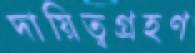
দায়িত্বগ্রহণ